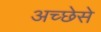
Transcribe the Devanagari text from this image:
अच्छेसे